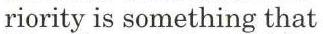
riority is something that